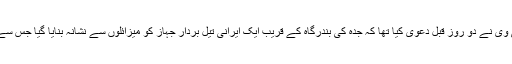
ایران کے سرکاری ٹی وی نے دو روز قبل دعویٰ کیا تھا کہ جدہ کی بندرگاہ کے قریب ایک ایرانی تیل بردار جہاز کو میزائلوں سے نشانہ بنایا گیا جس سے اس میں آگ لگ گئی۔